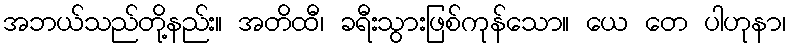
အဘယ်သည်တို့နည်း။ အတိထီ၊ ခရီးသွားဖြစ်ကုန်သော။ ယေ တေ ပါဟုနာ၊